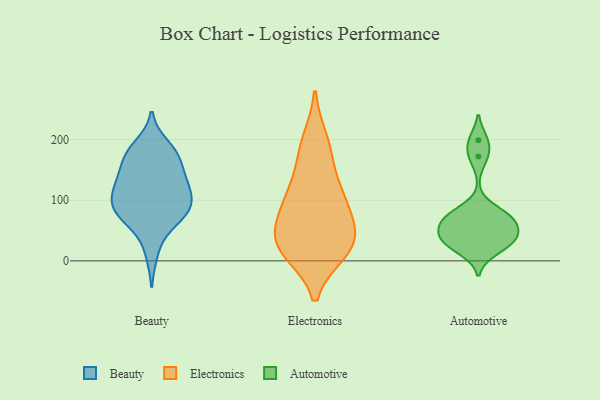
{"axis": {"x": "Backlog", "y": "Value"}, "legend": ["Automotive", "Beauty", "Electronics"], "data": [{"x": "", "y": 86, "type": "Beauty"}, {"x": "", "y": 116, "type": "Beauty"}, {"x": "", "y": 79, "type": "Beauty"}, {"x": "", "y": 178, "type": "Beauty"}, {"x": "", "y": 117, "type": "Beauty"}, {"x": "", "y": 78, "type": "Beauty"}, {"x": "", "y": 128, "type": "Beauty"}, {"x": "", "y": 173, "type": "Beauty"}, {"x": "", "y": 91, "type": "Beauty"}, {"x": "", "y": 115, "type": "Beauty"}, {"x": "", "y": 190, "type": "Beauty"}, {"x": "", "y": 80, "type": "Beauty"}, {"x": "", "y": 137, "type": "Beauty"}, {"x": "", "y": 171, "type": "Beauty"}, {"x": "", "y": 13, "type": "Beauty"}, {"x": "", "y": 83, "type": "Beauty"}, {"x": "", "y": 135, "type": "Beauty"}, {"x": "", "y": 169, "type": "Beauty"}, {"x": "", "y": 54, "type": "Beauty"}, {"x": "", "y": 28, "type": "Electronics"}, {"x": "", "y": 43, "type": "Electronics"}, {"x": "", "y": 110, "type": "Electronics"}, {"x": "", "y": 198, "type": "Electronics"}, {"x": "", "y": 167, "type": "Electronics"}, {"x": "", "y": 44, "type": "Electronics"}, {"x": "", "y": 100, "type": "Electronics"}, {"x": "", "y": 16, "type": "Electronics"}, {"x": "", "y": 18, "type": "Electronics"}, {"x": "", "y": 90, "type": "Electronics"}, {"x": "", "y": 70, "type": "Automotive"}, {"x": "", "y": 17, "type": "Automotive"}, {"x": "", "y": 45, "type": "Automotive"}, {"x": "", "y": 68, "type": "Automotive"}, {"x": "", "y": 66, "type": "Automotive"}, {"x": "", "y": 81, "type": "Automotive"}, {"x": "", "y": 172, "type": "Automotive"}, {"x": "", "y": 35, "type": "Automotive"}, {"x": "", "y": 199, "type": "Automotive"}, {"x": "", "y": 30, "type": "Automotive"}, {"x": "", "y": 39, "type": "Automotive"}]}